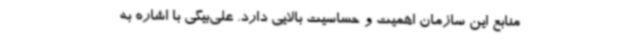
منابع این سازمان اهمیت و حساسیت بالایی دارد. علی‌بیگی با اشاره به